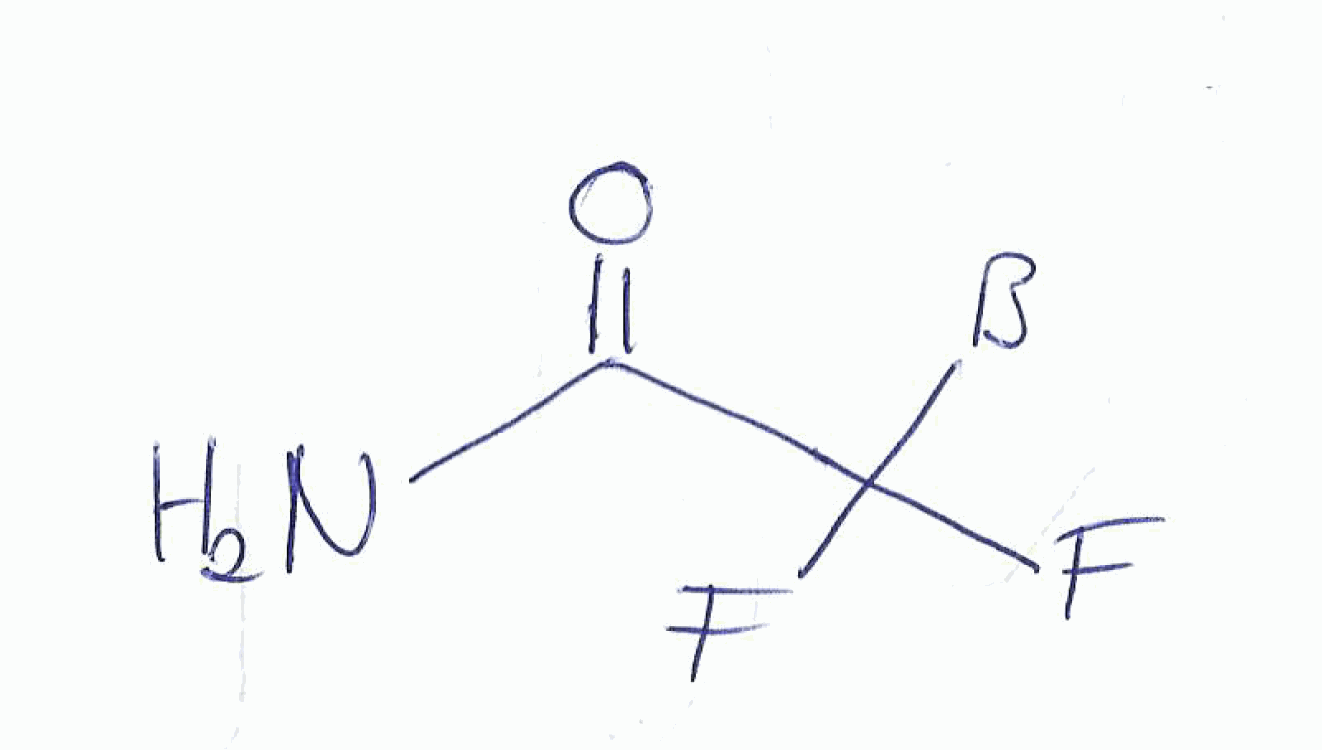
Simplified molecular-input line-entry system (SMILES) notation of the given molecule:
[B]C(C(=O)N)(F)F